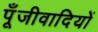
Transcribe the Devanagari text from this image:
पूँजीवादियों